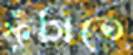
ফুঁসিতে